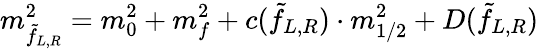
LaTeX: m_{\tilde{f}_{L,R}}^{2}=m_{0}^{2}+m_{f}^{2}+c(\tilde{f}_{L,R})\cdot m_{1/2}^{2}+D(\tilde{f}_{L,R})